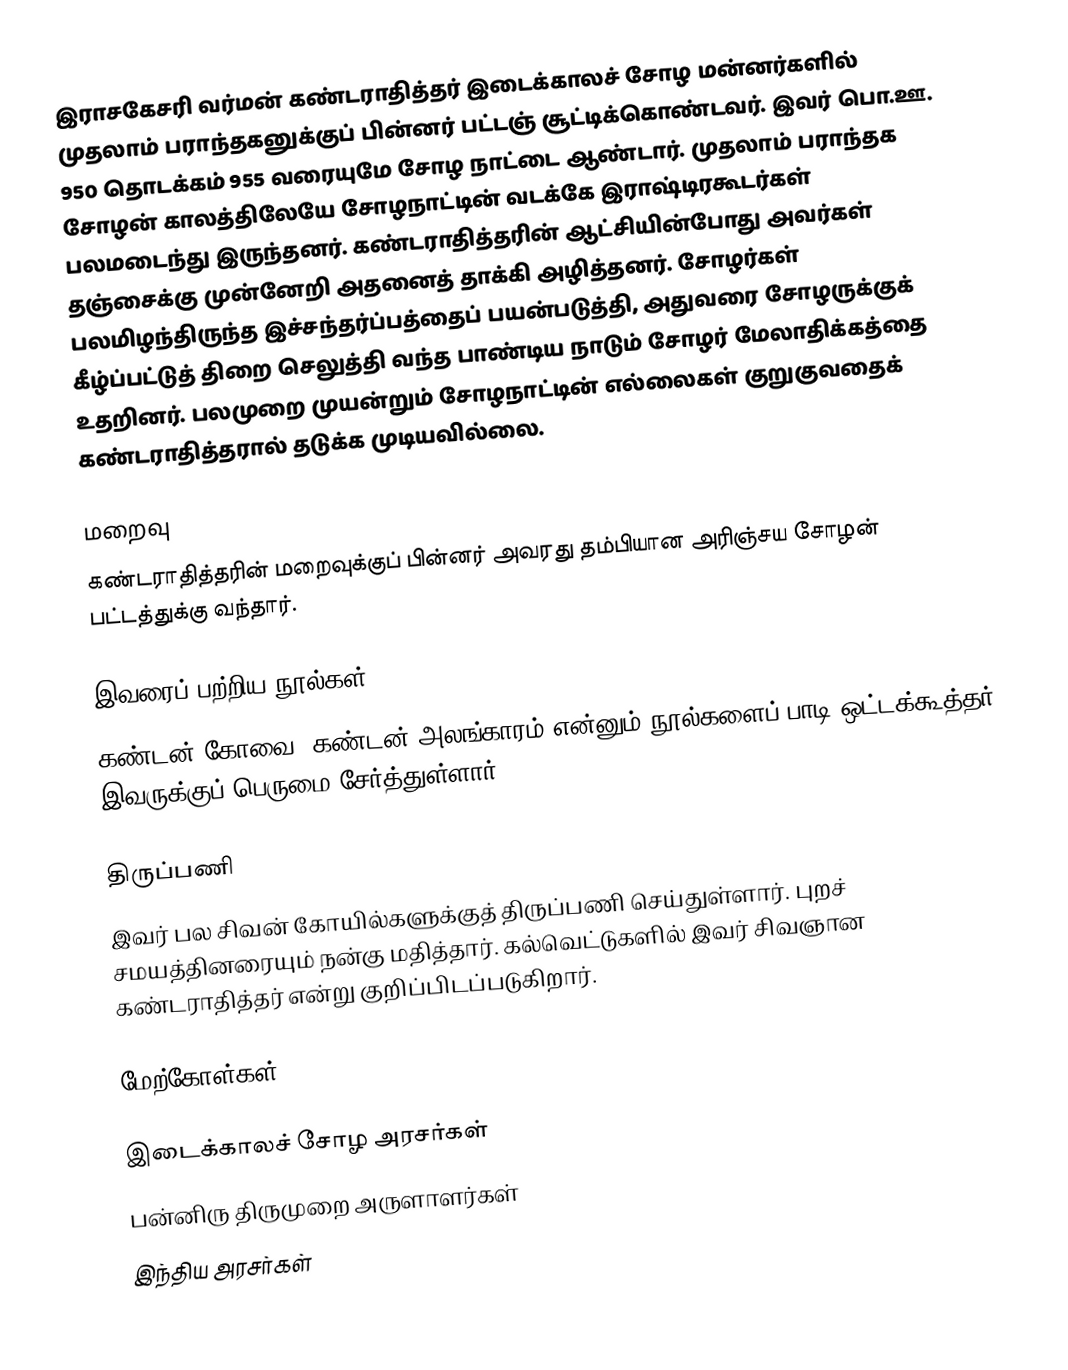
இராசகேசரி வர்மன் கண்டராதித்தர் இடைக்காலச் சோழ மன்னர்களில் முதலாம் பராந்தகனுக்குப் பின்னர் பட்டஞ் சூட்டிக்கொண்டவர். இவர் பொ.ஊ. 950 தொடக்கம் 955 வரையுமே சோழ நாட்டை ஆண்டார். முதலாம் பராந்தக சோழன் காலத்திலேயே சோழநாட்டின் வடக்கே இராஷ்டிரகூடர்கள் பலமடைந்து இருந்தனர். கண்டராதித்தரின் ஆட்சியின்போது அவர்கள் தஞ்சைக்கு முன்னேறி அதனைத் தாக்கி அழித்தனர். சோழர்கள் பலமிழந்திருந்த இச்சந்தர்ப்பத்தைப் பயன்படுத்தி, அதுவரை சோழருக்குக் கீழ்ப்பட்டுத் திறை செலுத்தி வந்த பாண்டிய நாடும் சோழர் மேலாதிக்கத்தை உதறினர். பலமுறை முயன்றும் சோழநாட்டின் எல்லைகள் குறுகுவதைக் கண்டராதித்தரால் தடுக்க முடியவில்லை.

மறைவு
கண்டராதித்தரின் மறைவுக்குப் பின்னர் அவரது தம்பியான அரிஞ்சய சோழன் பட்டத்துக்கு வந்தார்.

இவரைப் பற்றிய நூல்கள்
கண்டன் கோவை, கண்டன் அலங்காரம் என்னும் நூல்களைப் பாடி ஒட்டக்கூத்தர் இவருக்குப் பெருமை சேர்த்துள்ளார்.

திருப்பணி
இவர் பல சிவன் கோயில்களுக்குத் திருப்பணி செய்துள்ளார். புறச் சமயத்தினரையும் நன்கு மதித்தார். கல்வெட்டுகளில் இவர் சிவஞான கண்டராதித்தர் என்று குறிப்பிடப்படுகிறார்.

மேற்கோள்கள்

இடைக்காலச் சோழ அரசர்கள்
பன்னிரு திருமுறை அருளாளர்கள்
இந்திய அரசர்கள்